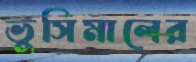
ভুসিমালের